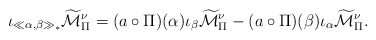
\begin{align*}\iota_{\ll \alpha,\beta\gg_\ast}\widetilde{\mathcal{M}}_\Pi^\nu= (a\circ\Pi)(\alpha) \iota_\beta\widetilde{\mathcal{M}}_\Pi^\nu- (a\circ\Pi)(\beta)\iota_\alpha\widetilde{\mathcal{M}}_\Pi^\nu.\end{align*}